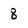
Character: 8